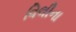
વિલીના